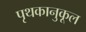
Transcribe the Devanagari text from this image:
पृथकानुकूल